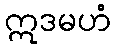
ဣဒမဟံ